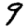
Digit: 9